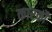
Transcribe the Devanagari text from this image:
कारकौ